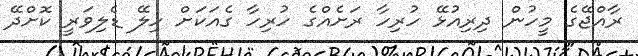
ރާއްޖޭގެ މީހުން ދިރިއުޅޭ ހުރިހާ ރަށެއްގެ ހުރިހާ ގެއަކަށް ހިލޭ ޑެލިވަރީ ކޮށްދޭ